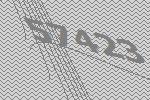
57423